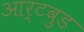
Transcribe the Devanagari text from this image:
आर्टवुड